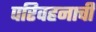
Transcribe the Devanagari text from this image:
परिवहनाची